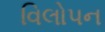
વિલોપન